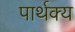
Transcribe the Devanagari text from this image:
पार्थक्‍य